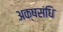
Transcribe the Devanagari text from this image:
अक्षसंधि